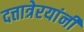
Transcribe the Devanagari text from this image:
दत्तात्रेरयांनी